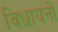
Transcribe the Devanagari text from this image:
विधायनों